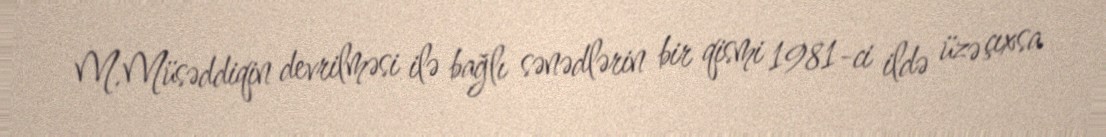
M.Müsəddiqin devrilməsi ilə bağlı sənədlərin bir qismi 1981-ci ildə üzə çıxsa